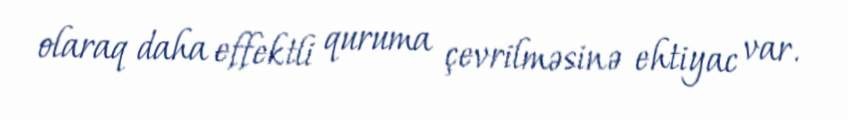
olaraq daha effektli quruma çevrilməsinə ehtiyac var.